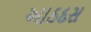
આઠદસ